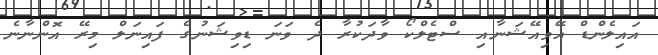
އައިލެންޑް އޭވިއޭޝަނާއި ސްޓެލްކޯ ވާދަކުރާ ދެ ވަނަ ޑިވިޝަނުގެ ފައިނަލް މިރޭ އޮންނާނެ